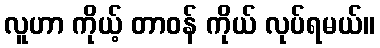
လူဟာ ကိုယ့် တာဝန် ကိုယ် လုပ်ရမယ်။